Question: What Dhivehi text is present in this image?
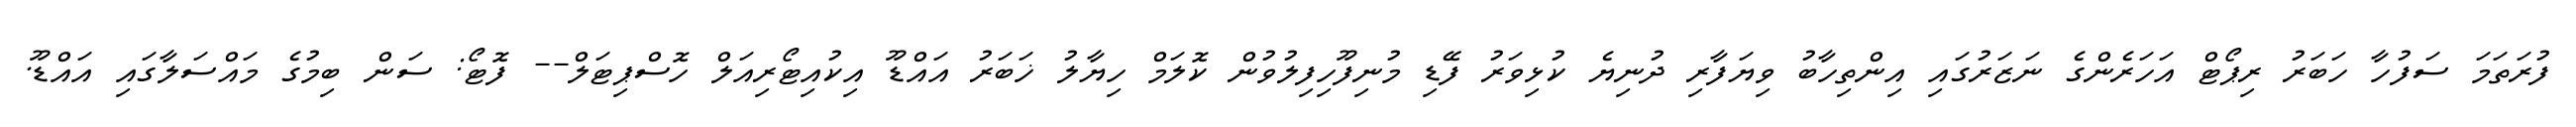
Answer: ފުރަތަމަ ސަފުހާ ހަބަރު ރިޕޯޓް އަހަރެންގެ ނަޒަރުގައި އިންތިހާބު ވިޔަފާރި ދުނިޔެ ކުޅިވަރު ފޭޑި މުނިފޫހިފިލުވުން ކޮލަމް ހިޔާލު ޚަބަރު އައްޑޫ އިކުއިޓޯރިއަލް ހޮސްޕިޓަލް-- ފޮޓޯ: ސަން ބިމުގެ މައްސަލާގައި އައްޑޫ.